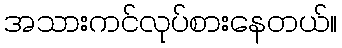
အသားကင်လုပ်စားနေတယ်။